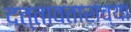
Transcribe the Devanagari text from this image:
दत्तावतारांच्या